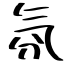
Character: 氛